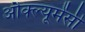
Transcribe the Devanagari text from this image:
औक्ल्यूमेंसी